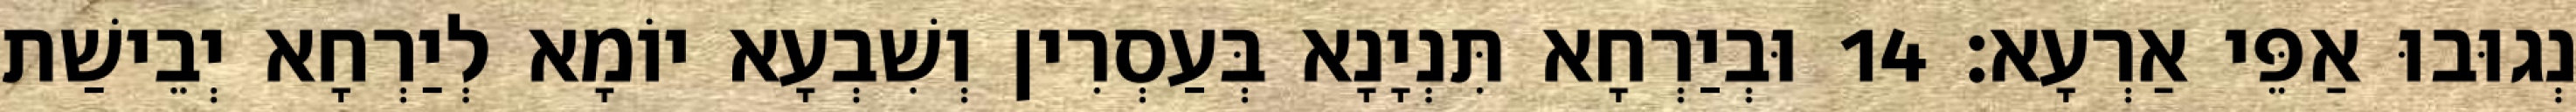
נְגוּבוּ אַפֵּי אַרְעָא׃ 14 וּבְיַרְחָא תִּנְיָנָא בְּעַסְרִין וְשִׁבְעָא יוֹמָא לְיַרְחָא יְבֵישַׁת